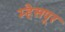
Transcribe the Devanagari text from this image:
म्हैसपूर